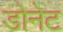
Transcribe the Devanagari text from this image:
डोनेट